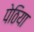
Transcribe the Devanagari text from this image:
पेठिया